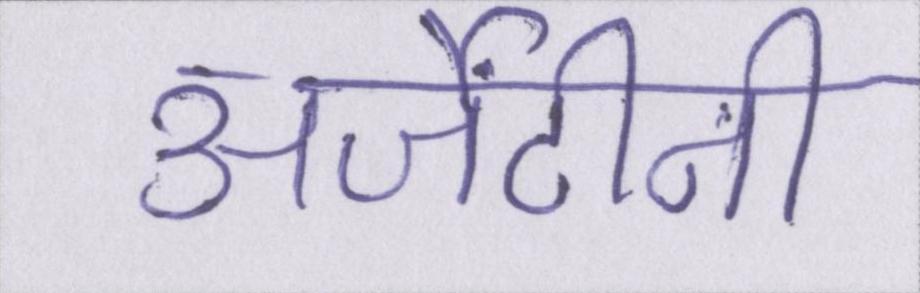
अर्जेंटीनी